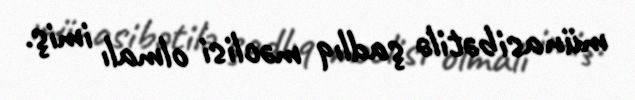
münasibətilə şadlıq məclisi olmalı imiş.